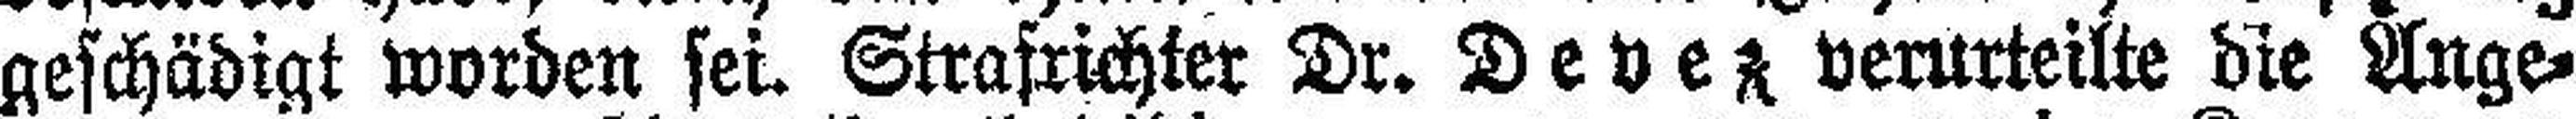
geschädigt worden sei. Strafrichter Dr. Devez verurteilte die Ange¬